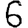
Digit: 6